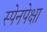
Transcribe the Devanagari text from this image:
स्पेनपेक्षा